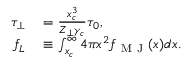
\begin{array} { r l } { \tau _ { \perp } } & { { } = \frac { x _ { c } ^ { 3 } } { Z _ { \perp } \gamma _ { c } } \tau _ { 0 } , } \\ { f _ { L } } & { { } \equiv \int _ { x _ { c } } ^ { \infty } 4 \pi x ^ { 2 } f _ { \mathrm { ~ M ~ J ~ } } ( x ) d x . } \end{array}